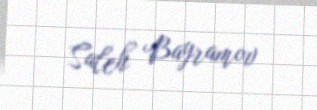
Saleh Bayramov